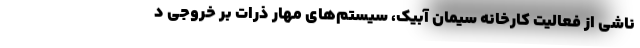
ناشی از فعالیت کارخانه سیمان آبیک، سیستم‌های مهار ذرات بر خروجی د